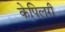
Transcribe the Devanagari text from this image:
केपिलरी